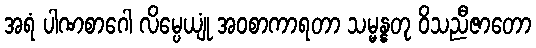
အရံ ပါဏစာဂေါ လိမ္ပေယျုံ အဝစာကာရတာ သမ္မန္နတု ဝိသညီဇာတော